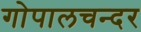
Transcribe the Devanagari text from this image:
गोपालचन्दर